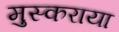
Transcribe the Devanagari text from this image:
मुस्कराया